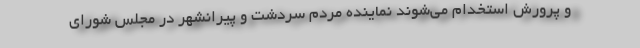
و پرورش استخدام می‌شوند نماینده مردم سردشت و پیرانشهر در مجلس شورای